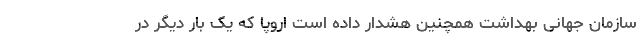
سازمان جهانی بهداشت همچنین هشدار داده است اروپا که یک بار دیگر در